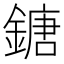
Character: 鎕